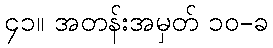
၄၁။ အတန်းအမှတ် ၁၀-ခ